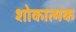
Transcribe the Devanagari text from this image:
शोकात्मक